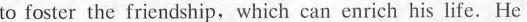
to foster the friendship, which can enrich his life. He